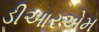
ડીઆરએમ